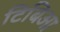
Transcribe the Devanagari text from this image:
टिबिआ